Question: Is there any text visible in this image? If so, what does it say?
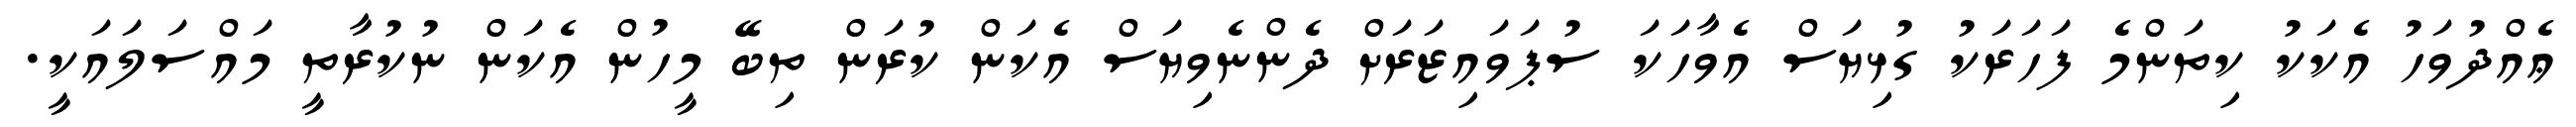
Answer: ޢެއްދުވަހު އެކަކު ކިތަންމެ ފަހަރަކު ގުޅިޔަސް އެވާހަކަ ސުޕަވައިޒަރަށް ދެންނެވިޔަސް އެކަން ކުރަން ތިބޭ މީހުން އެކަން ނުކުރާތީ މައްސަލައަކީ.